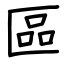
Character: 區